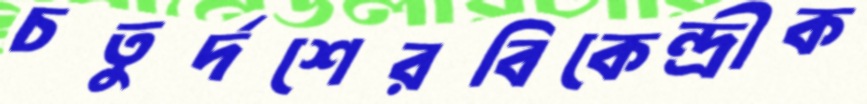
চতুর্দশেরবিকেন্দ্রীক